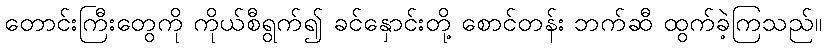
တောင်းကြီးတွေကို ကိုယ်စီရွက်၍ ခင်နှောင်းတို့ စောင်တန်း ဘက်ဆီ ထွက်ခဲ့ကြသည်။